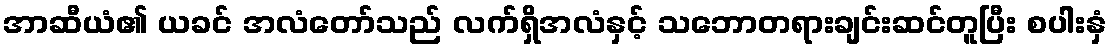
အာဆီယံ၏ ယခင် အလံတော်သည် လက်ရှိအလံနှင့် သဘောတရားချင်းဆင်တူပြီး စပါးနှံ